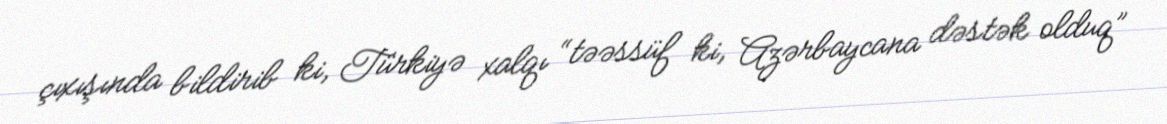
çıxışında bildirib ki, Türkiyə xalqı “təəssüf ki, Azərbaycana dəstək olduq”